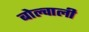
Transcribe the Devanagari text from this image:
बोल्चाली